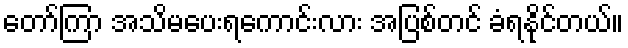
တော်ကြာ အသိမပေးရကောင်းလား အပြစ်တင် ခံရနိုင်တယ်။